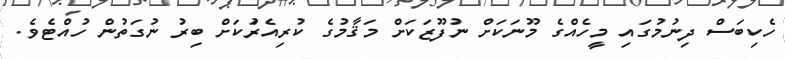
ހެކިބަސް ދިނުމުގައި މީހެއްގެ މޫނަކަށް ނުފޫޒަކަށް މަޤާމުގެ ކުރިއެރުަކަށް ބިރު ނުގަތުން ހުއްޓެވެ.